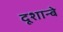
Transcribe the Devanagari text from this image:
दूशान्बे